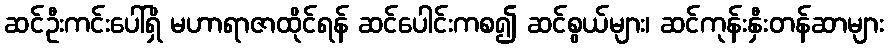
ဆင်ဦးကင်းပေါ်ရှိ မဟာရာဇာထိုင်ရန် ဆင်ပေါင်းကစ၍ ဆင်စွယ်များ၊ ဆင်ကုန်းနှီးတန်ဆာများ